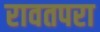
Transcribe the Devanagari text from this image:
रावतपरा